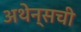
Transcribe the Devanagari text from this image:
अथेन्सची